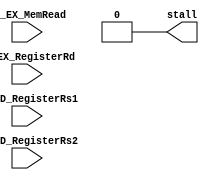

`timescale 1ns/1ns
module HazardDetection(
input [4:0] IF_ID_RegisterRs1,
input [4:0] IF_ID_RegisterRs2,
input [4:0] ID_EX_RegisterRd,
input ID_EX_MemRead,
output /*reg*/ stall);


/*always @(*)
begin
if(((IF_ID_RegisterRs1==ID_EX_RegisterRd)||(IF_ID_RegisterRs2==ID_EX_RegisterRd))&&ID_EX_MemRead&&ID_EX_RegisterRd !=0)
    stall = 1;
else
    stall = 0;
end*/

assign stall=0;
endmodule